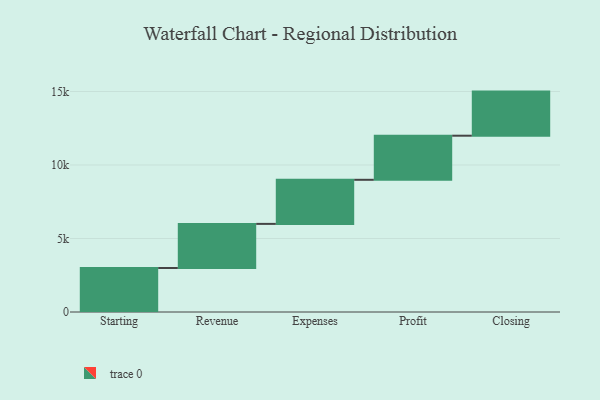
{"axis": {"x": "Step", "y": "Value"}, "legend": [""], "data": [{"x": "Starting", "y": 2994.0, "type": ""}, {"x": "Revenue", "y": 3000, "type": ""}, {"x": "Expenses", "y": 3000, "type": ""}, {"x": "Profit", "y": 3000, "type": ""}, {"x": "Closing", "y": 3000, "type": ""}]}